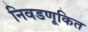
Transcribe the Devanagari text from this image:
निवडणूकित